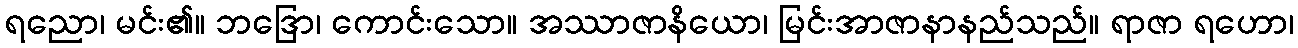
ရညော၊ မင်း၏။ ဘဒြော၊ ကောင်းသော။ အဿာဇာနိယော၊ မြင်းအာဇာနာနည်သည်။ ရာဇာ ရဟော၊